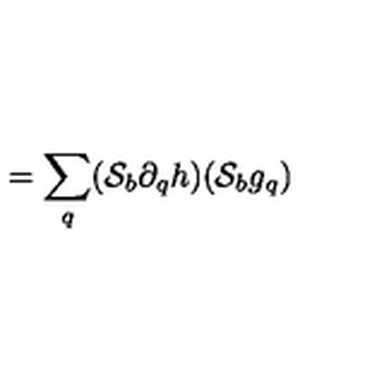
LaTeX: = \sum _ { q } ( { \cal S } _ { b } \partial _ { q } h ) ( { \cal S } _ { b } g _ { q } )